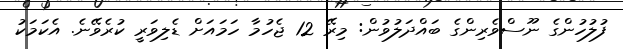
ފުލުހުންގެ ނޫސްވެރިންގެ ބައްދަލުވުން: މިރޭ 12 ޖެހުމާ ހަމައަށް ޑެލިވަރީ ކުރެވޭނެ. އެކަމަކު